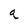
Character: a